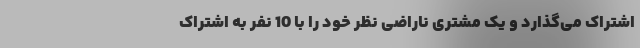
اشتراک می‌گذارد و یک مشتری ناراضی نظر خود را با 10 نفر به اشتراک